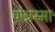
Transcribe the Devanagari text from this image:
पोन्नम्मा